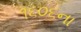
૧૬૦૬ના